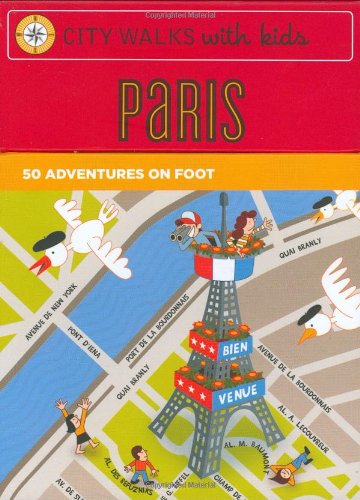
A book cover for City Walks with Kids: Paris Adventures on Foot; Natasha Edwards; Travel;